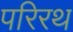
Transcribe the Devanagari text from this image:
परिरथ